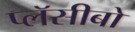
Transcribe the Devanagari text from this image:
प्लॅसीबो